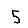
Digit: 5